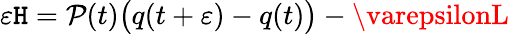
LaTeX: \varepsilon\mathtt{H}=\mathcal{P}(t){\big(}q(t+\varepsilon)-q(t){\big)}-\varepsilonL